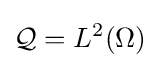
{\mathcal {Q}}=L^{2}(\Omega )